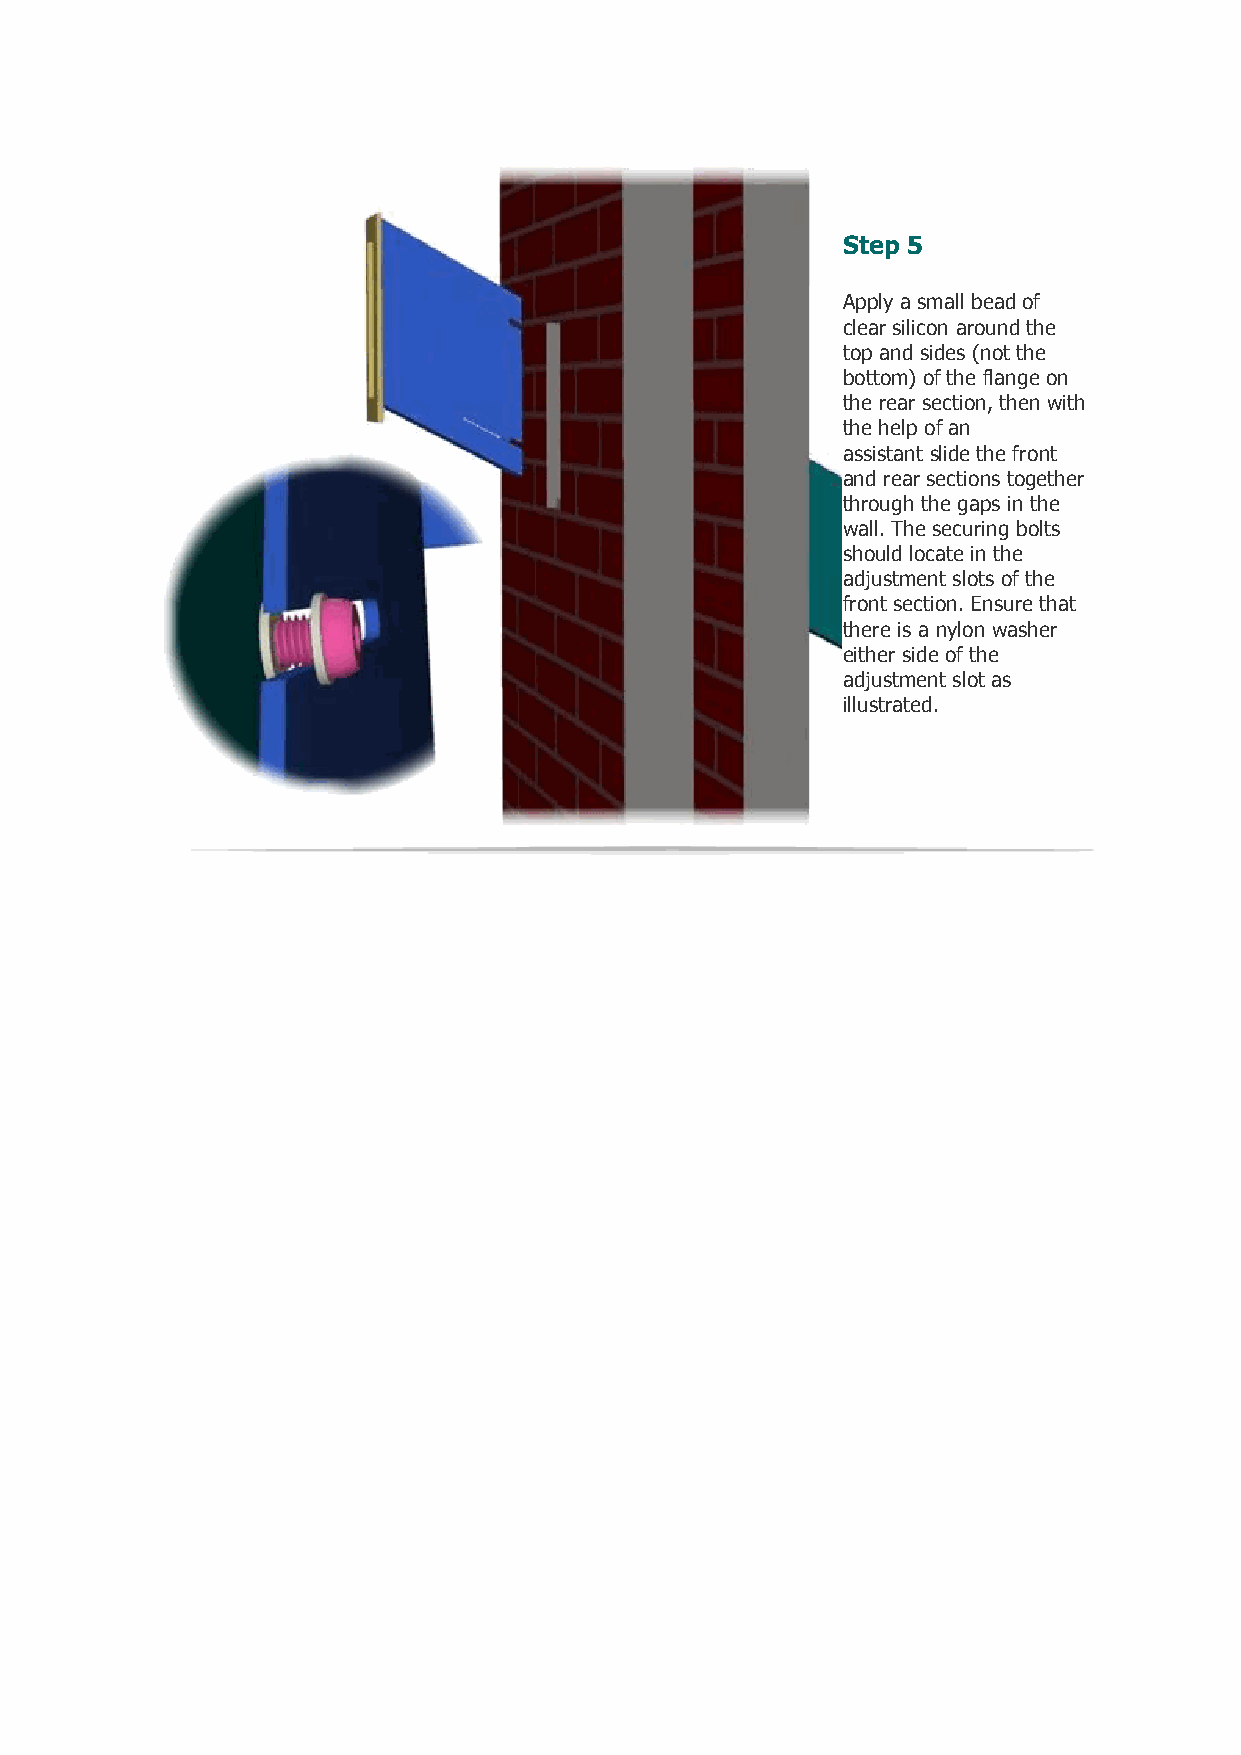
Step 5
 Apply a small bead of
 clear silicon around the
 top and sides (not the
 bottom) of the flange on
 the rear section, then with
 the help of an
 assistant slide the front
 and rear sections together
 through the gaps in the
 wall. The securing bolts
 should locate in the
 adjustment slots of the
 front section. Ensure that
 there is a nylon washer
 either side of the
 adjustment slot as
 illustrated.